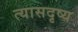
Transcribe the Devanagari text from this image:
त्यासदृष्य